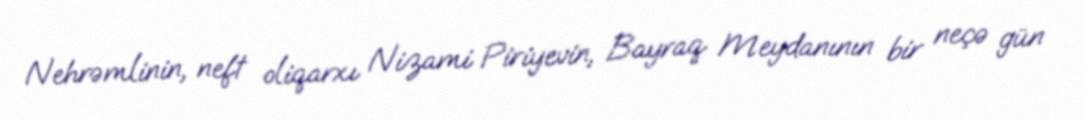
Nehrəmlinin, neft oliqarxı Nizami Piriyevin, Bayraq Meydanının bir neçə gün